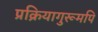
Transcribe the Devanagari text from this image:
प्रक्रियागुरूमपि